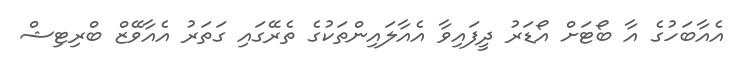
އެއާބަހުގެ އާ ބޯޓަށް އޯޑަރު ދީފައިވާ އެއާލައިންތަކުގެ ތެރޭގައި ގަތަރު އެއާވޭޒް ބްރިޓިޝް